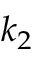
k _ { 2 }